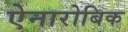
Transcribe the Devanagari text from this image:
ऐनारोबिक